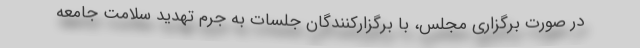
در صورت برگزاری مجلس، با برگزارکنندگان جلسات به جرم تهدید سلامت جامعه